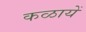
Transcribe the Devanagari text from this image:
कळायें